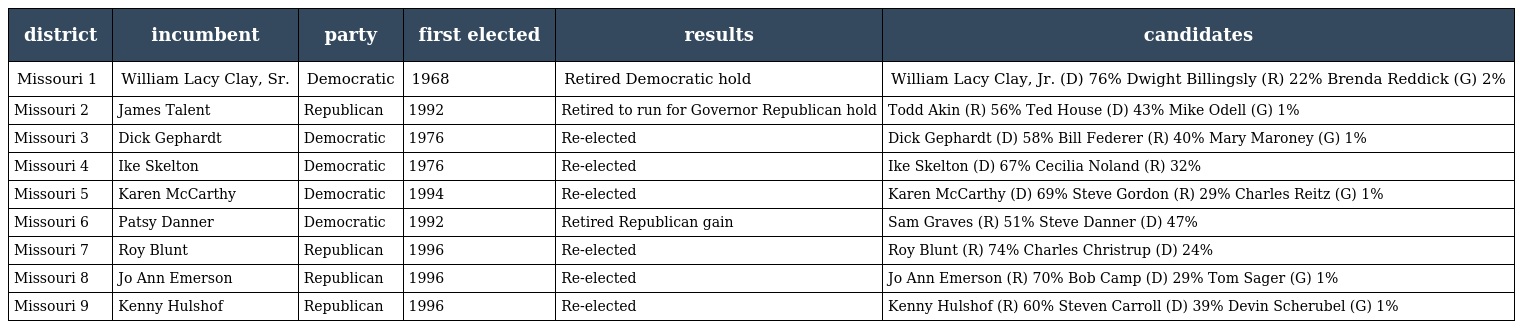
| district | incumbent | party | first elected | results | candidates |
 | --- | --- | --- | --- | --- | --- |
 | Missouri 1 | William Lacy Clay, Sr. | Democratic | 1968 | Retired Democratic hold | William Lacy Clay, Jr. (D) 76% Dwight Billingsly (R) 22% Brenda Reddick (G) 2% |
 | Missouri 2 | James Talent | Republican | 1992 | Retired to run for Governor Republican hold | Todd Akin (R) 56% Ted House (D) 43% Mike Odell (G) 1% |
 | Missouri 3 | Dick Gephardt | Democratic | 1976 | Re-elected | Dick Gephardt (D) 58% Bill Federer (R) 40% Mary Maroney (G) 1% |
 | Missouri 4 | Ike Skelton | Democratic | 1976 | Re-elected | Ike Skelton (D) 67% Cecilia Noland (R) 32% |
 | Missouri 5 | Karen McCarthy | Democratic | 1994 | Re-elected | Karen McCarthy (D) 69% Steve Gordon (R) 29% Charles Reitz (G) 1% |
 | Missouri 6 | Patsy Danner | Democratic | 1992 | Retired Republican gain | Sam Graves (R) 51% Steve Danner (D) 47% |
 | Missouri 7 | Roy Blunt | Republican | 1996 | Re-elected | Roy Blunt (R) 74% Charles Christrup (D) 24% |
 | Missouri 8 | Jo Ann Emerson | Republican | 1996 | Re-elected | Jo Ann Emerson (R) 70% Bob Camp (D) 29% Tom Sager (G) 1% |
 | Missouri 9 | Kenny Hulshof | Republican | 1996 | Re-elected | Kenny Hulshof (R) 60% Steven Carroll (D) 39% Devin Scherubel (G) 1% |